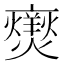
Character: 𭶥